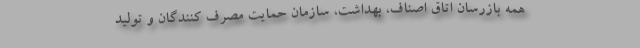
همه بازرسان اتاق اصناف، بهداشت، سازمان حمایت مصرف کنندگان و تولید